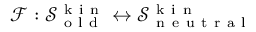
\mathcal { F } : \mathcal { S } _ { \mathrm { ~ o ~ l ~ d ~ } } ^ { \mathrm { ~ k ~ i ~ n ~ } } \leftrightarrow \mathcal { S } _ { \mathrm { ~ n ~ e ~ u ~ t ~ r ~ a ~ l ~ } } ^ { \mathrm { ~ k ~ i ~ n ~ } }